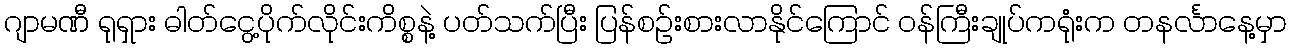
ဂျာမဏီ ရုရှား ဓါတ်ငွေ့ပိုက်လိုင်းကိစ္စနဲ့ ပတ်သက်ပြီး ပြန်စဉ်းစားလာနိုင်ကြောင် ဝန်ကြီးချုပ်ကရုံးက တနင်္လာနေ့မှာ